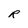
Character: R